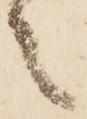
之